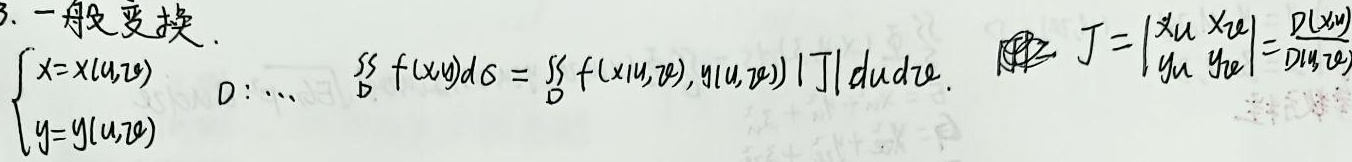
3. 一般变换. 设\(\begin{cases}x = x(u,v)\\y = y(u,v)\end{cases}\)，区域\(D\)满足：\(\cdots\) ，则有\(\underset{D}{\iint} f(x,y)d\sigma=\underset{D}{\iint}f(x(u,v),y(u,v))|J|dudv\)，其中\(J=\begin{vmatrix}x_{u}&x_{v}\\y_{u}&y_{v}\end{vmatrix}=\frac{D(x,y)}{D(u,v)}\)